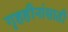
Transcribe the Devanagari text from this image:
गृहहीनांसाठी